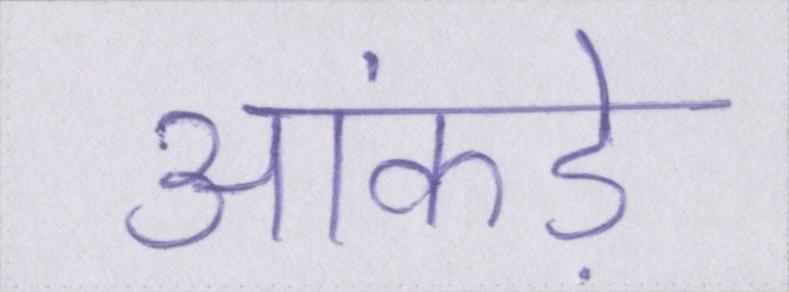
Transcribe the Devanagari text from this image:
आंकड़े